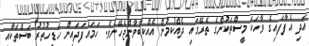
އަދި އެފާފައިގެ ވާހަކަ މީސްތަކުންގެ ތެރޭގައި ދެއްކުމުން އެއްކިބާވާންޖެހޭނެވެ. ހަމައެފަދައިން ހަޑިހުތުރު ބަސްތަކާއި